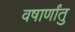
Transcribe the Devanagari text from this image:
वषार्णांतु